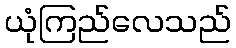
ယုံကြည်လေသည်